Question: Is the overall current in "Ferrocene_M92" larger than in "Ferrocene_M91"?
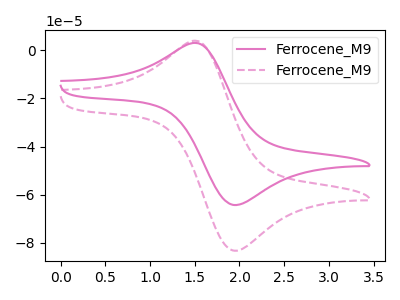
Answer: <think>The pink curve "Ferrocene_M91" has an anodic peak at (1.55V, 2.90uA) and a cathodic peak at (1.95V, -64.30uA). The pink dashed curve "Ferrocene_M92" has an anodic peak at (1.55V, 3.80uA) and a cathodic peak at (1.95V, -83.25uA).
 All the peaks in "Ferrocene_M92" have a peak in "Ferrocene_M91" at the same potential. Every peak in "Ferrocene_M92" is higher than every peak in "Ferrocene_M91".</think>
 <answer>"Ferrocene_M92" has more signal than "Ferrocene_M91".</answer>
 <eval>more_signal</eval>